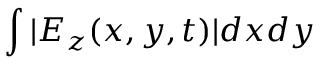
\int | E _ { z } ( x , y , t ) | d x d y